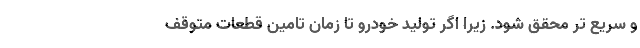
و سریع تر محقق شود. زیرا اگر تولید خودرو تا زمان تامین قطعات متوقف